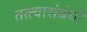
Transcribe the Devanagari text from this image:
तत्त्वासंबंधी